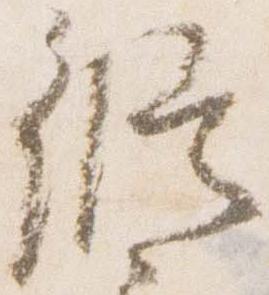
修